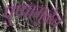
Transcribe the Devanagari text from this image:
पुष्पामुळेच